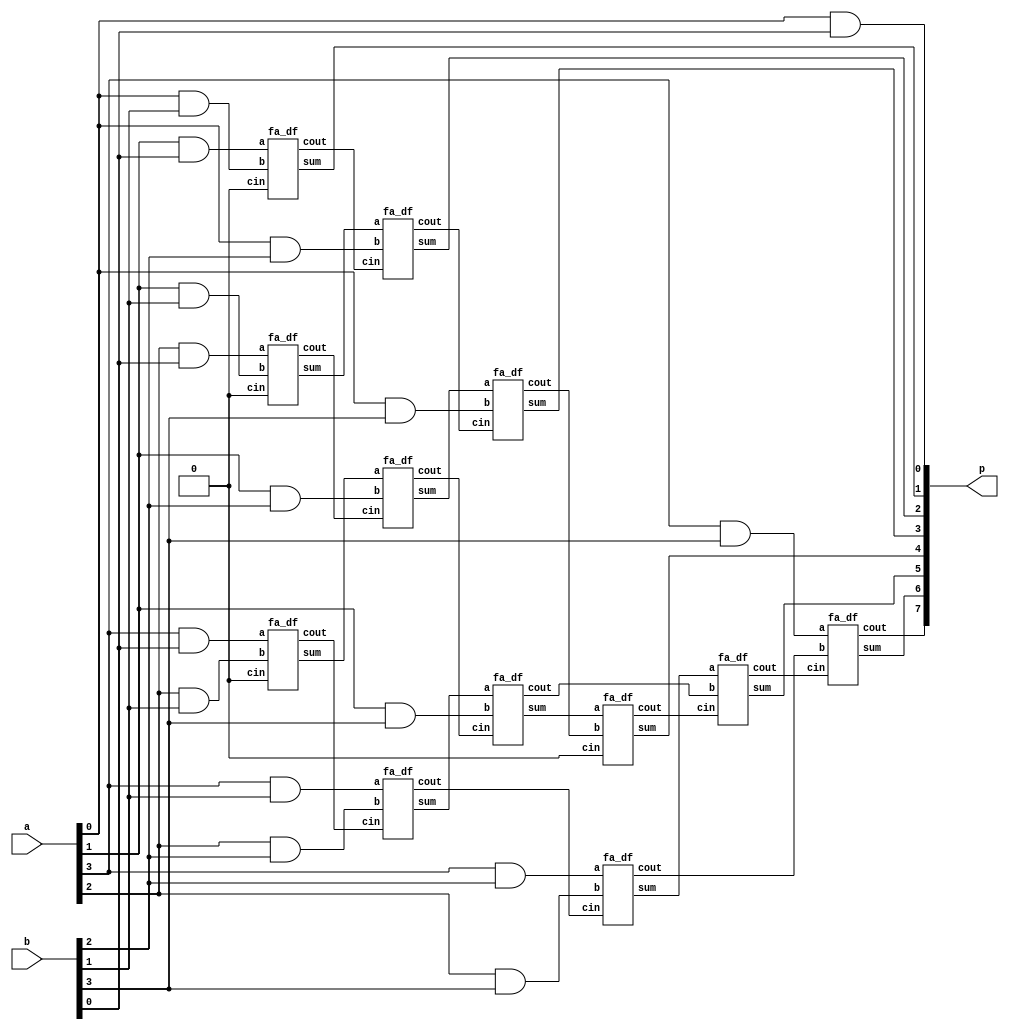
`timescale 1ns / 1ps

module csa_4_bit(input [3:0]a,b, output [7:0]p);
    wire [17:1]w;
    supply0 zero;
    assign p[0] = a[0]&b[0];
    fa_df fa1(a[1]&b[0],a[0]&b[1],zero,p[1],w[1]);
    fa_df fa2(a[2]&b[0],a[1]&b[1],zero,w[2],w[3]);
    fa_df fa3(a[3]&b[0],a[2]&b[1],zero,w[4],w[5]);
    
    fa_df fa4(w[2],a[0]&b[2],w[1],p[2],w[6]);
    fa_df fa5(w[4],a[1]&b[2],w[3],w[7],w[8]);
    fa_df fa6(a[3]&b[1],a[2]&b[2],w[5],w[9],w[10]);
    
    fa_df fa7(w[7],a[0]&b[3],w[6],p[3],w[11]);
    fa_df fa8(w[9],a[1]&b[3],w[8],w[12],w[13]);
    fa_df fa9(a[3]&b[2],a[2]&b[3],w[10],w[14],w[15]);
    
    fa_df fa10(w[12],w[11],zero,p[4],w[16]);
    fa_df fa11(w[14],w[13],w[16],p[5],w[17]);
    fa_df fa12(a[3]&b[3],w[15],w[17],p[6],p[7]);

endmodule

module fa_df(input a,b,cin,output sum,cout);
    assign sum = a^b^cin;
    assign cout = (a&b)|(cin&(a^b));
endmodule